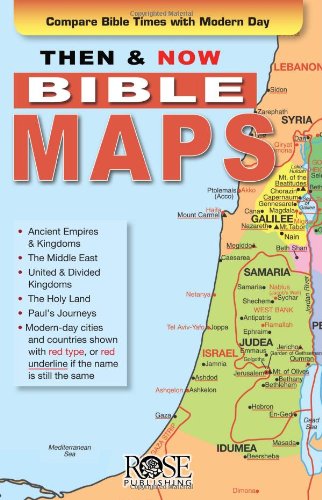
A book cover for Then and Now Bible Maps - Fold out Pamphlet; Rose Publishing; Christian Books & Bibles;